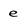
Character: e